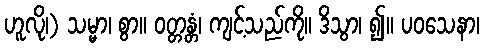
ဟူလို၊) သမ္မာ၊ စွာ။ ဝတ္တန္တံ၊ ကျင့်သည်ကို။ ဒိသွာ၊ ၍။ ပဝသေနာ၊